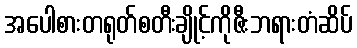
အပေါစားတရုတ်စတီးချိုင့်ကိုဇီးဘရားတံဆိပ်